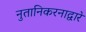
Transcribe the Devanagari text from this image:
नुतानिकरनाद्वारे